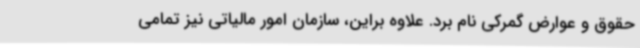
حقوق و عوارض گمرکی نام برد. علاوه براین، سازمان امور مالیاتی نیز تمامی